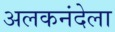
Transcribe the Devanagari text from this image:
अलकनंदेला